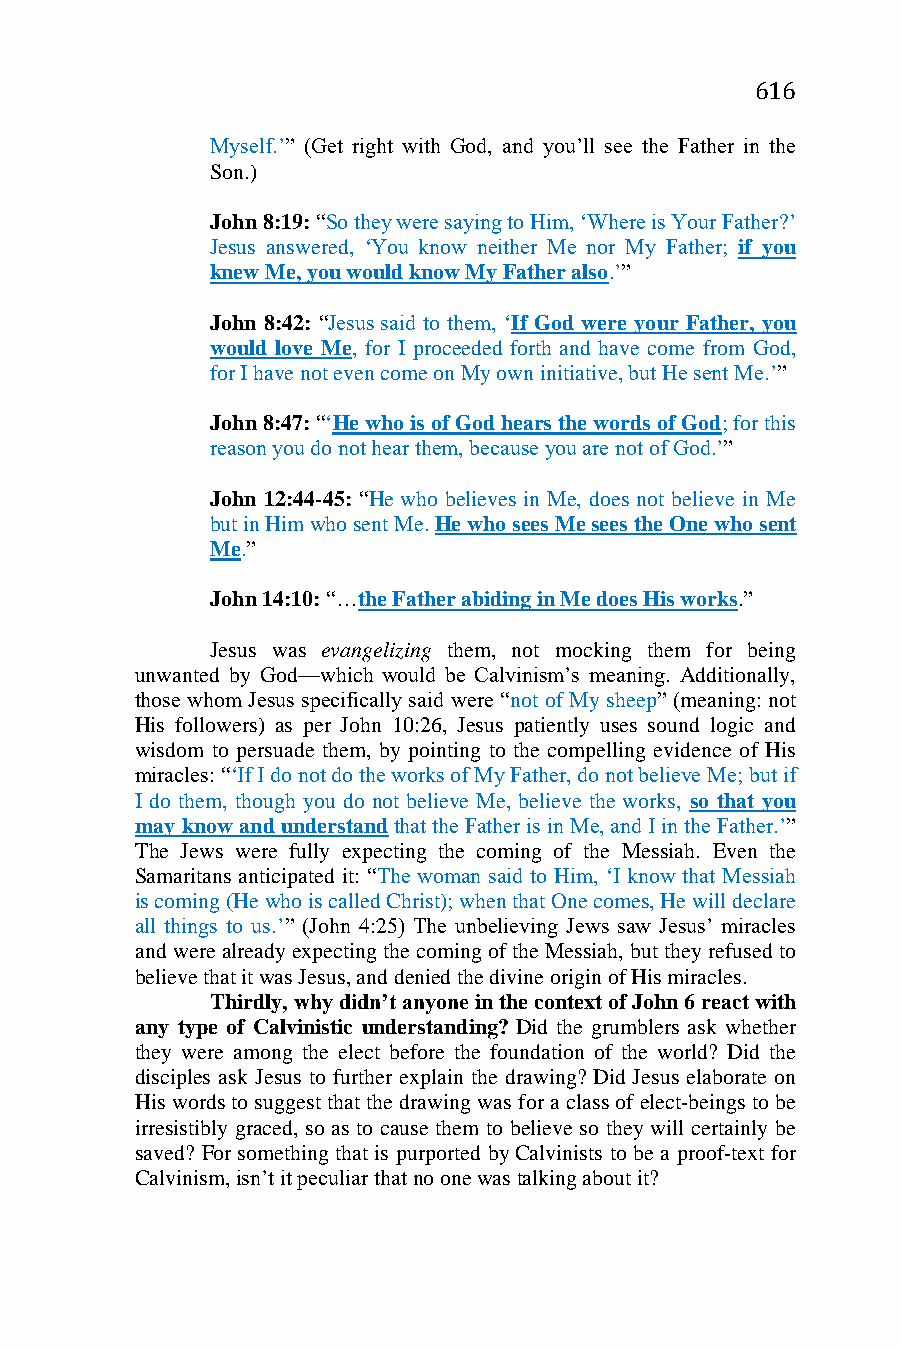
616
 Myself.’” (Get right with God, and you’ll see the Father in the
 Son.)
 John 8:19: “So they were saying to Him, ‘Where is Your Father?’
 Jesus answered, ‘You know neither Me nor My Father; if you
 knew Me, you would know My Father also.’”
 John 8:42: “Jesus said to them, ‘If God were your Father, you
 would love Me, for I proceeded forth and have come from God,
 for I have not even come on My own initiative, but He sent Me.’”
 John 8:47: “‘He who is of God hears the words of God; for this
 reason you do not hear them, because you are not of God.’”
 John 12:44-45: “He who believes in Me, does not believe in Me
 but in Him who sent Me. He who sees Me sees the One who sent
 Me.”
 John 14:10: “…the Father abiding in Me does His works.”
 Jesus was evangelizing them, not mocking them for being
 unwanted by God—which would be Calvinism’s meaning. Additionally,
 those whom Jesus specifically said were “not of My sheep” (meaning: not
 His followers) as per John 10:26, Jesus patiently uses sound logic and
 wisdom to persuade them, by pointing to the compelling evidence of His
 miracles: “‘If I do not do the works of My Father, do not believe Me; but if
 I do them, though you do not believe Me, believe the works, so that you
 may know and understand that the Father is in Me, and I in the Father.’”
 The Jews were fully expecting the coming of the Messiah. Even the
 Samaritans anticipated it: “The woman said to Him, ‘I know that Messiah
 is coming (He who is called Christ); when that One comes, He will declare
 all things to us.’” (John 4:25) The unbelieving Jews saw Jesus’ miracles
 and were already expecting the coming of the Messiah, but they refused to
 believe that it was Jesus, and denied the divine origin of His miracles.
 Thirdly, why didn’t anyone in the context of John 6 react with
 any type of Calvinistic understanding? Did the grumblers ask whether
 they were among the elect before the foundation of the world? Did the
 disciples ask Jesus to further explain the drawing? Did Jesus elaborate on
 His words to suggest that the drawing was for a class of elect-beings to be
 irresistibly graced, so as to cause them to believe so they will certainly be
 saved? For something that is purported by Calvinists to be a proof-text for
 Calvinism, isn’t it peculiar that no one was talking about it?